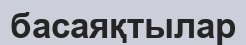
басаяқтылар